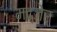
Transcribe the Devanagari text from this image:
मद्जेर्